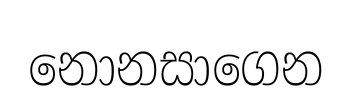
නොනසාගෙන